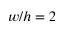
w / h = 2